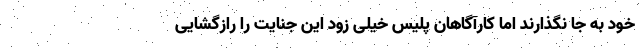
خود به جا نگذارند اما کارآگاهان پلیس خیلی زود این جنایت را رازگشایی